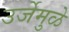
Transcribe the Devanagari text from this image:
उर्जेमुळे